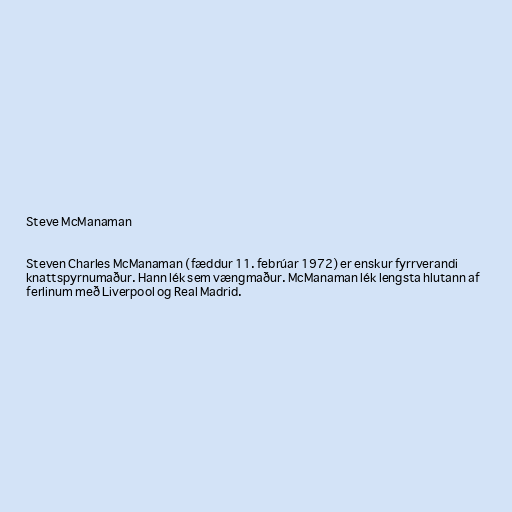
Steve McManaman

Steven Charles McManaman (fæddur 11. febrúar 1972) er enskur fyrrverandi
knattspyrnumaður. Hann lék sem vængmaður. McManaman lék lengsta hlutann af
ferlinum með Liverpool og Real Madrid.